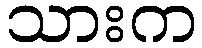
သားက